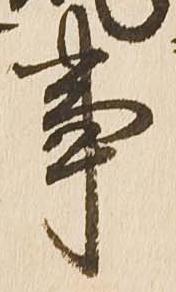
事